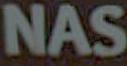
NAS